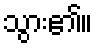
သွား၏။